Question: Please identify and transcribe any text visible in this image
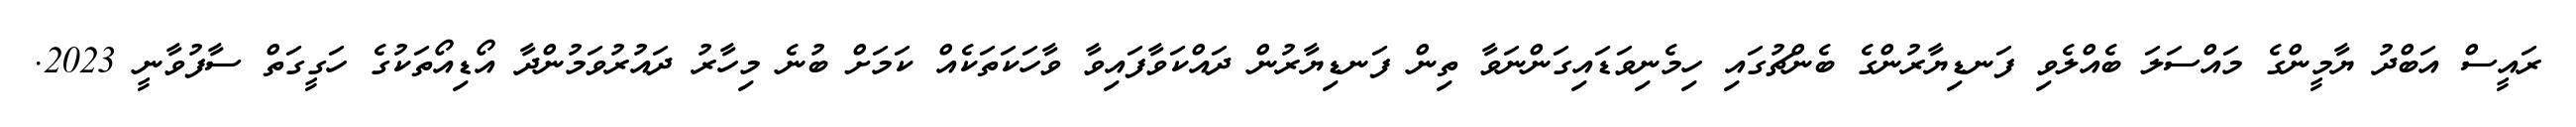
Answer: ރައީސް އަބްދު ޔާމީންގެ މައްސަލަ ބެއްލެވި ފަނޑިޔާރުންގެ ބެންޗުގައި ހިމެނިވަޑައިގަންނަވާ ތިން ފަނޑިޔާރުން ދައްކަވާފައިވާ ވާހަކަތަކެއް ކަމަށް ބުނެ މިހާރު ދައުރުވަމުންދާ އޯޑިއޯތަކުގެ ހަގީގަތް ސާފުވާނީ 2023.